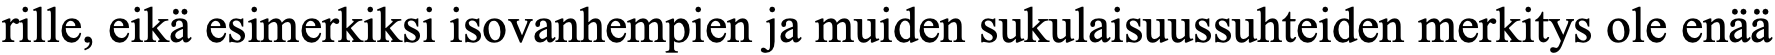
rille, eikä esimerkiksi isovanhempien ja muiden sukulaisuussuhteiden merkitys ole enää